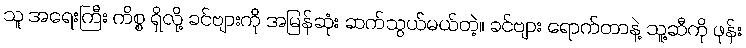
သူ အရေးကြီး ကိစ္စ ရှိလို့ ခင်ဗျားကို အမြန်ဆုံး ဆက်သွယ်မယ်တဲ့။ ခင်ဗျား ရောက်တာနဲ့ သူ့ဆီကို ဖုန်း